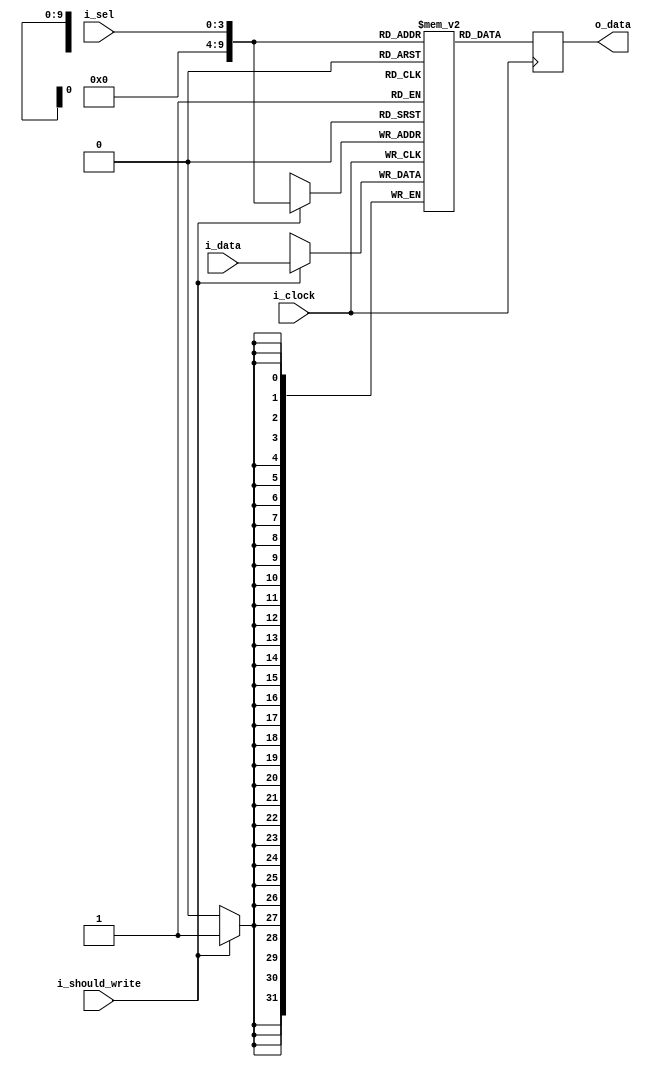
`timescale 1ns / 1ps
//////////////////////////////////////////////////////////////////////////////////
// Company: 
// Engineer: 
// 
// Design Name: 
// Module Name: register
// Project Name: 
// Target Devices: 
// Tool Versions: 
// Description: 
// 
// Dependencies: 
// 
// Revision:
// Revision 0.01 - File Created
// Additional Comments:
// 
//////////////////////////////////////////////////////////////////////////////////


module register #(parameter ADDRESS_DEPTH=1000)(
    input wire i_clock,
    input wire [3:0] i_sel,
    input wire i_should_write,
    input wire [31:0] i_data,
    output reg [31:0] o_data
    );
    
reg [31:0] registers [ADDRESS_DEPTH-1:0];

always @(posedge i_clock)
begin
    if (i_should_write)
        registers[i_sel] <= i_data;

    o_data <= registers[i_sel];
end
endmodule